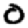
Digit: 0